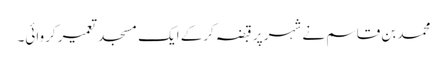
محمد بن قاسم نے شہر پر قبضہ کرکے ایک مسجد تعمیر کروائی۔